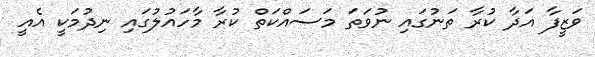
ވަޒީފާ އަދާ ކުރާ ތަނުގައި ނުވަތަ މަސައްކަތް ކުރާ މާހައުލުގައި ނިދުމަކީ އެއީ